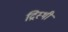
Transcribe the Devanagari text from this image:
द्रिस्थी